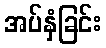
အပ်နှံခြင်း